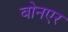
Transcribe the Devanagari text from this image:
बोनएर